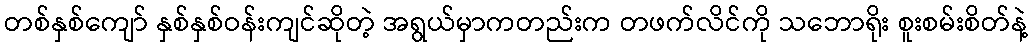
တစ်နှစ်ကျော် နှစ်နှစ်ဝန်းကျင်ဆိုတဲ့ အရွယ်မှာကတည်းက တဖက်လိင်ကို သဘောရိုး စူးစမ်းစိတ်နဲ့